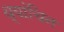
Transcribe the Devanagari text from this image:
थ्यांचिन